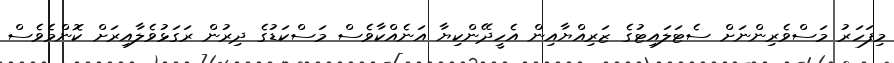
މިފަހަރު މަސްވެރިންނަށް ސެޓަލައިޓުގެ ޒަރިއްޔާއިން އެހީދޭންކިޔާ އަނެއްކާވެސް މަސްކަޑުގެ ދިރުން ރަގަޅުވެލާއިރަށް ކޮންމެވެސް